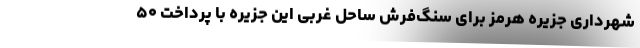
شهرداری جزیره هرمز برای سنگ‌فرش ساحل غربی این جزیره با پرداخت ۵۰